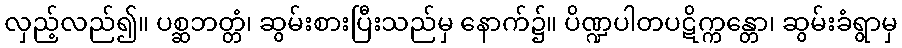
လှည့်လည်၍။ ပစ္ဆဘတ္တံ၊ ဆွမ်းစားပြီးသည်မှ နောက်၌။ ပိဏ္ဍပါတပဋိက္ကန္တော၊ ဆွမ်းခံရွာမှ